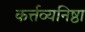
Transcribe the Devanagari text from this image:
कर्त्तव्यनिष्ठा